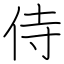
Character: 侍